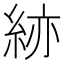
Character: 𥿹